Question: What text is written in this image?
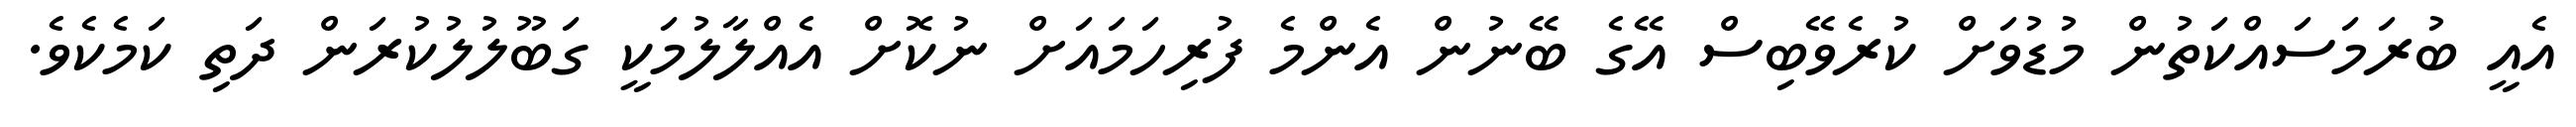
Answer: އެއީ ބުރަމަސައްކަތުން މުޑުވަށް ކުރެވޭބިސް އޭގެ ބޭނުން އެންމެ ފުރިހަމައަށް ނުކޮށް އެއްލާލުމަކީ ގަބޫލުލުކުރަން ދަތި ކަމެކެވެ.